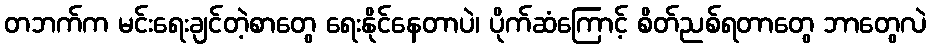
တဘက်က မင်းရေးချင်တဲ့စာတွေ ရေးနိုင်နေတာပဲ၊ ပိုက်ဆံကြောင့် စိတ်ညစ်ရတာတွေ ဘာတွေလဲ